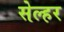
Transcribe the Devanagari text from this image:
सेल्हर